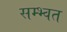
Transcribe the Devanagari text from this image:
सम्भ्वत